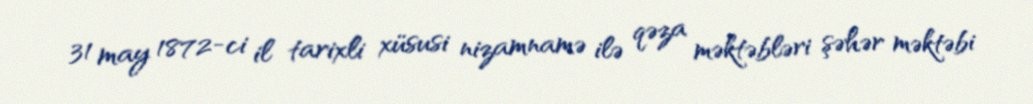
31 may 1872-ci il tarixli xüsusi nizamnamə ilə qəza məktəbləri şəhər məktəbi